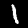
Label: 1